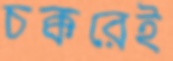
চক্করেই